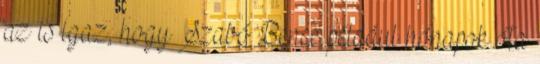
az is igaz, hogy Szabó Bence például hónapok óta